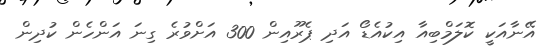
އޭނާއަކީ ކޮލަމްބިއާ އިކުއެޑޯ އަދި ޕެރޫއިން 300 އަށްވުރެ ގިނަ އަންހެން ކުދިން